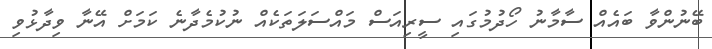
ބޭނުންވާ ބައެއް ސާމާނު ހޯދުމުގައި ސީރިއަސް މައްސަލަތަކެއް ނުކުމެދާނެ ކަމަށް އޭނާ ވިދާޅުވި